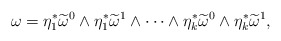
\begin{align*}\omega=\eta_1^{*}\widetilde\omega^0\wedge\eta_1^{*}\widetilde\omega^1\wedge\cdots\wedge\eta_k^{*}\widetilde\omega^0\wedge\eta_k^{*}\widetilde\omega^1,\end{align*}